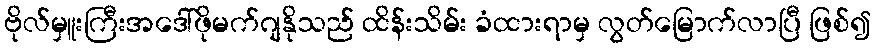
ဗိုလ်မှူးကြီးအဒေါ်ဖိုမက်ဂျနိုသည် ထိန်းသိမ်း ခံထားရာမှ လွတ်မြောက်လာပြီ ဖြစ်၍